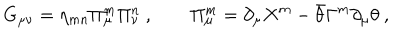
G _ { \mu \nu } = \eta _ { m n } \Pi _ { \mu } ^ { m } \Pi _ { \nu } ^ { n } \ , \qquad \Pi _ { \mu } ^ { m } = \partial _ { \mu } X ^ { m } - \bar { \theta } \Gamma ^ { m } \partial _ { \mu } \theta \ ,